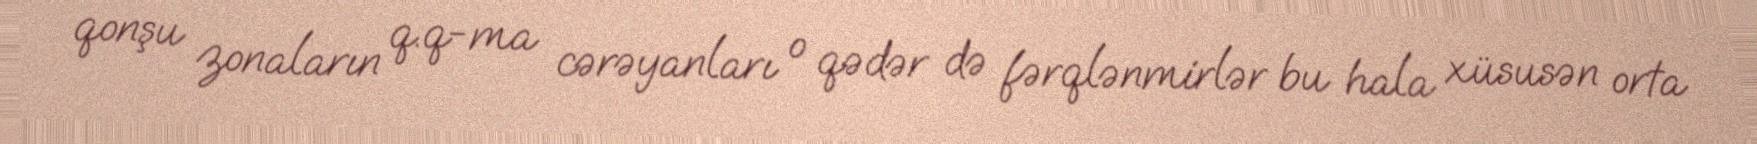
qonşu zonaların q.q-ma cərəyanları o qədər də fərqlənmirlər bu hala xüsusən orta